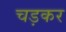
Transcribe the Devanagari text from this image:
चड़कर